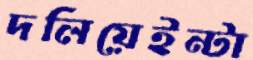
দলিয়েইন্টা